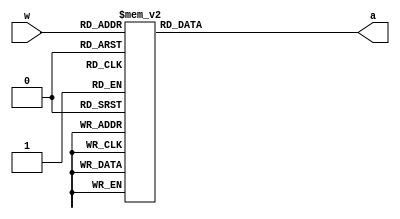
module add3_ge5(w,a);
	output [3:0] a;
	input [3:0] w;
	
	reg [3:0] a;
	
	always @ (w)
		case(w)
			4'b0000: a <= 4'b0000;
			4'b0001: a <= 4'b0001;
			4'b0010: a <= 4'b0010;
			4'b0011: a <= 4'b0011;
			4'b0100: a <= 4'b0100;
			4'b0101: a <= 4'b1000;
			4'b0110: a <= 4'b1001;
			4'b0111: a <= 4'b1010;
			4'b1000: a <= 4'b1011;
			4'b1001: a <= 4'b1100;
			4'b1010: a <= 4'b1101;
			4'b1011: a <= 4'b1110;
			4'b1100: a <= 4'b1111;
			
			default: a <= 4'b0000;
		endcase
endmodule